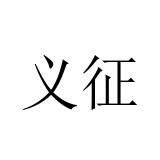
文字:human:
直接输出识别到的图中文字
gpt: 义征